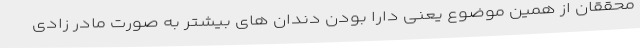
محققان از همین موضوع یعنی دارا بودن دندان های بیشتر به صورت مادر زادی